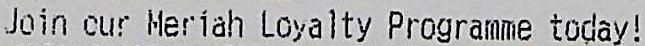
JOIN MERLAH POYALTY PROGRAMME TODAY!